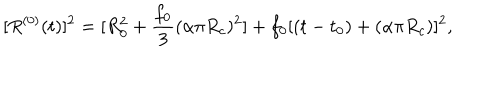
LaTeX: [ R ^ { ( 0 ) } ( t ) ] ^ { 2 } = [ R _ { 0 } ^ { 2 } + \frac { f _ { 0 } } { 3 } ( \alpha \pi R _ { c } ) ^ { 2 } ] + f _ { 0 } [ ( t - t _ { 0 } ) + ( \alpha \pi R _ { c } ) ] ^ { 2 } ,